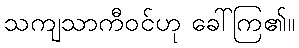
သကျသာကီဝင်ဟု ခေါ်ကြ၏။